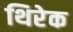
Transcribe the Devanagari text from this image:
थिरेक